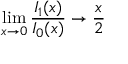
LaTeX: \operatorname * { l i m } _ { x \to 0 } { \frac { I _ { 1 } ( x ) } { I _ { 0 } ( x ) } } \to { \frac { x } { 2 } }